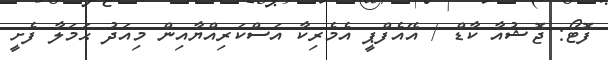
ފޮޓޯ: ޖޮޝުއާ ކާޑް / އޭއެފްޕީ އެމެރިކާ އަސްކަރިއްޔާއިން މިއަދު ޙަމަލާ ފެށީ